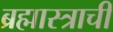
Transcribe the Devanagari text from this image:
ब्रह्मास्त्राची